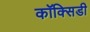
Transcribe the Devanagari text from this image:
कॉक्सिडी